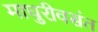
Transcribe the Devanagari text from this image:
माधुरीवसंत